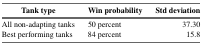
<table><thead><tr><td><b>Tank type</b></td><td><b>Win probability</b></td><td><b>Std deviation</b></td></tr></thead><tbody><tr><td>All non-adapting tanks</td><td>50 percent</td><td>37.30</td></tr><tr><td>Best performing tanks</td><td>84 percent</td><td>15.8</td></tr></tbody></table>